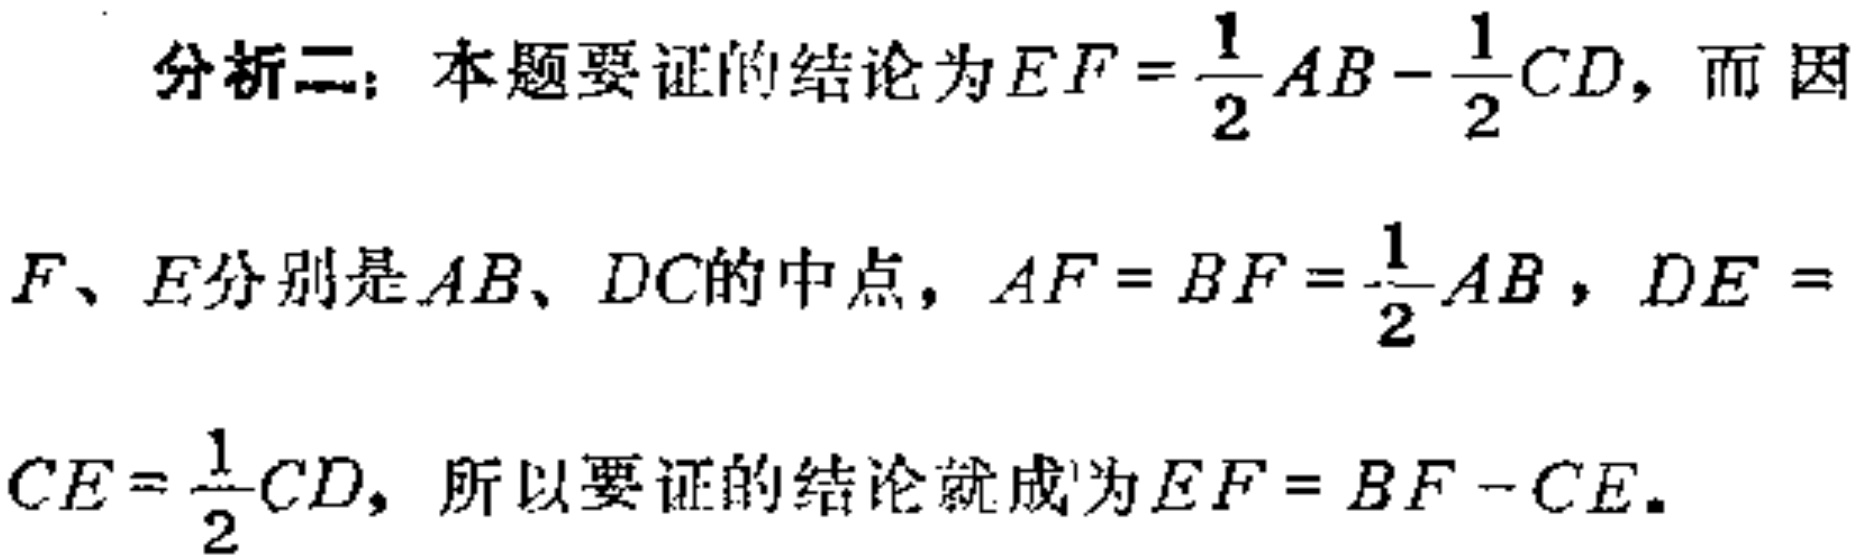
分析二：本题要证的结论为\(EF = \frac{1}{2}AB - \frac{1}{2}CD\)，而因

\(F、E\)分别是\(AB、DC\)的中点，\(AF = BF = \frac{1}{2}AB\)，\(DE = \)

\(CE = \frac{1}{2}CD\)，所以要证的结论就成为\(EF = BF - CE\)。